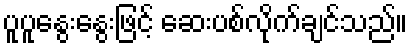
ပူပူနွေးနွေးဖြင့် ဆေးပစ်လိုက်ချင်သည်။